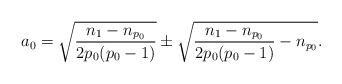
LaTeX: \begin{align*}a_0 &=\sqrt{\frac{n_1-n_{p_0}}{2p_0(p_0-1)}}\pm\sqrt{\frac{n_1-n_{p_0}}{2p_0(p_0-1)}-n_{p_0}}.\end{align*}